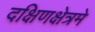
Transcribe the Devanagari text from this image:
दक्षिणक्षेत्रमे